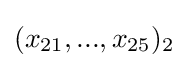
(x_{21},...,x_{25})_{2}